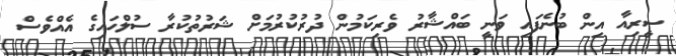
ސީރިއާ އިން ބުނެފައި ވަނީ ބައްޝާރު ވެރިކަމުން ދުރުކުރުމަށް ޝަރުތުކުރާ ސުލްހައިގެ އެއްވެސް